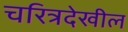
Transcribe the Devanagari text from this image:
चरित्रदेखील